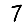
Digit: 7